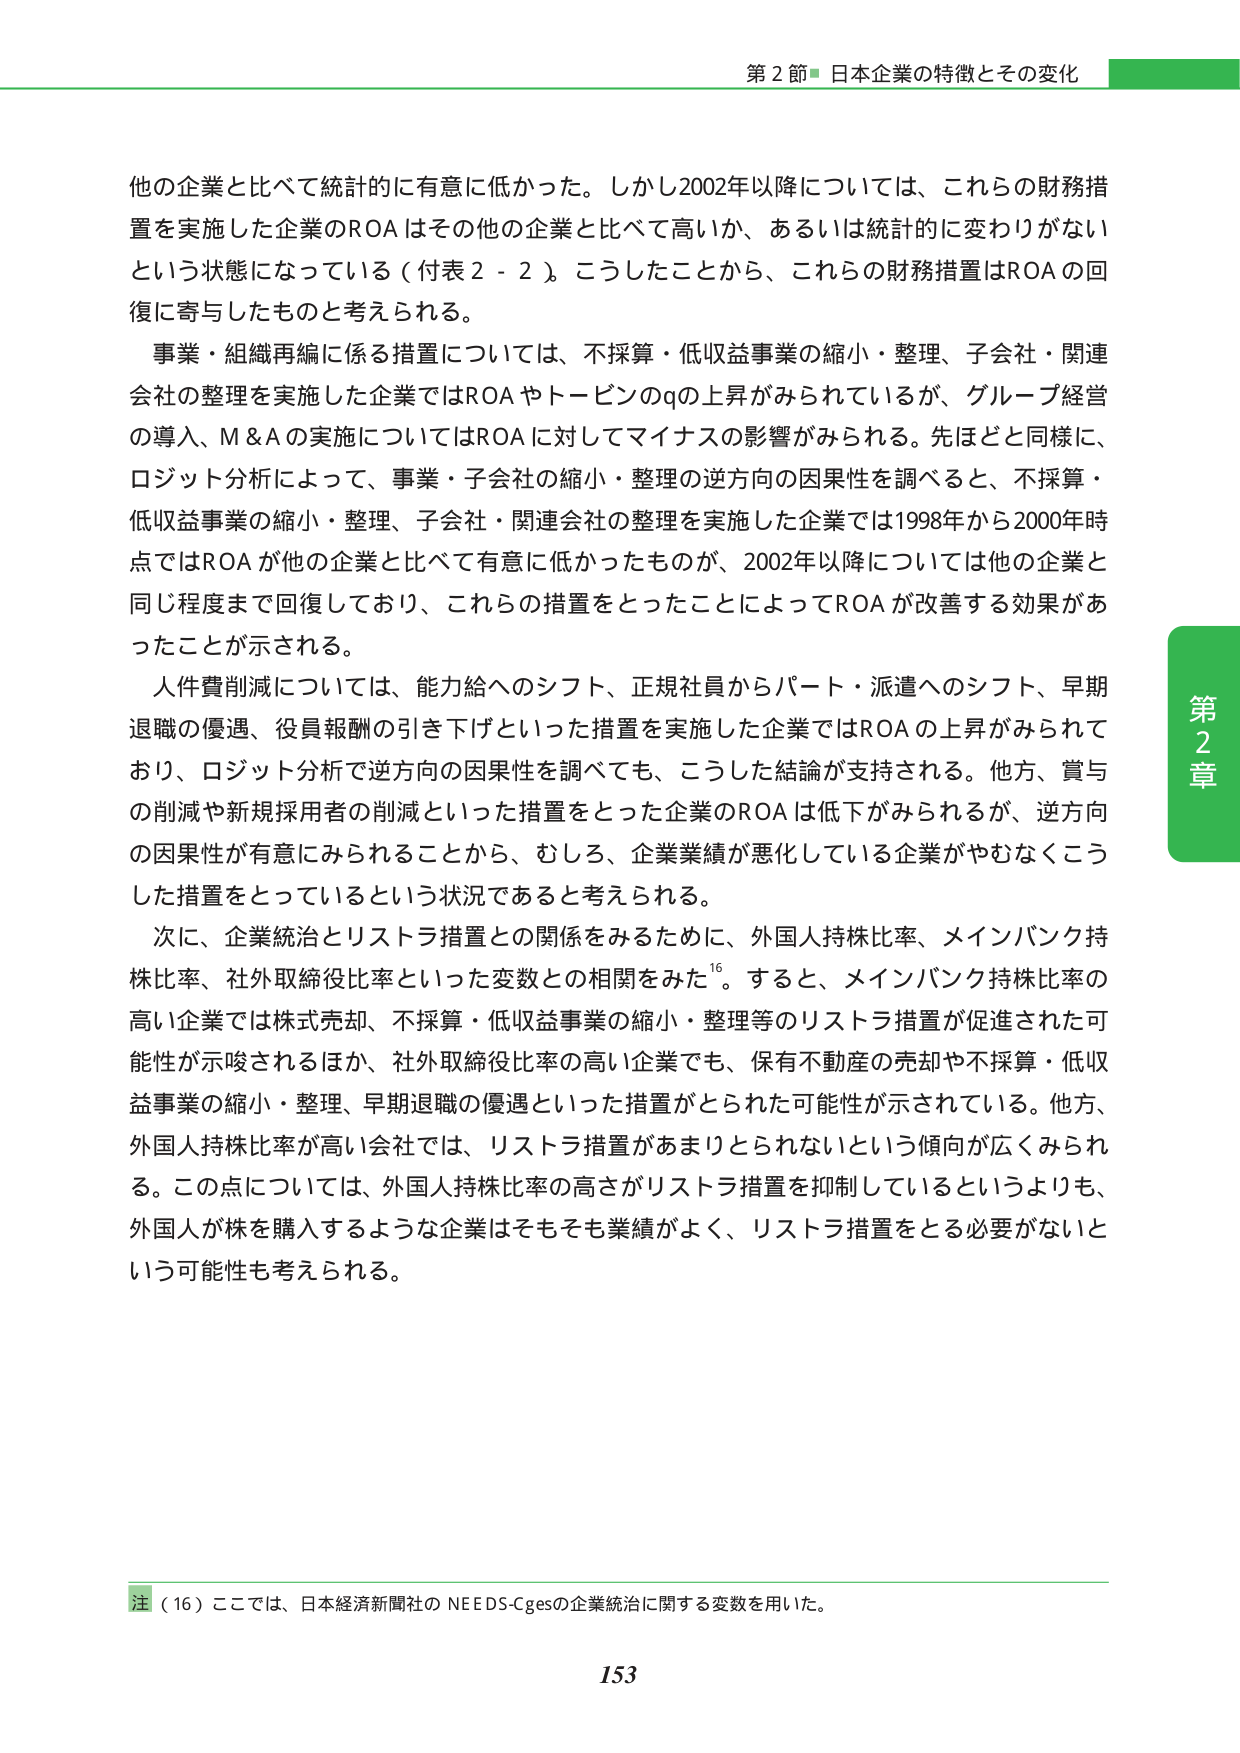
第２節 日本企業の特徴とその変化

他の企業と比べて統計的に有意に低かった。しかし2002年以降については、これらの財務措置を実施した企業のROAはその他の企業と比べて高いか、あるいは統計的に変わりがないという状態になっている（付表２－２）。こうしたことから、これらの財務措置はROAの回復に寄与したものと考えられる。

事業・組織再編に係る措置については、不採算・低収益事業の縮小・整理、子会社・関連会社の整理を実施した企業ではROAやトービンのqの上昇がみられているが、グループ経営の導入、M＆Aの実施についてはROAに対してマイナスの影響がみられる。先ほどと同様に、ロジット分析によって、事業・子会社の縮小・整理の逆方向の因果性を調べると、不採算・低収益事業の縮小・整理、子会社・関連会社の整理を実施した企業では1998年から2000年時点ではROAが他の企業と比べて有意に低かったものが、2002年以降については他の企業と同じ程度まで回復しており、これらの措置をとったことによってROAが改善する効果があったことが示される。

人件費削減については、能力給へのシフト、正規社員からパート・派遣へのシフト、早期退職の優遇、役員報酬の引き下げといった措置を実施した企業ではROAの上昇がみられており、ロジット分析で逆方向の因果性を調べても、こうした結論が支持される。他方、賞与の削減や新規採用者の削減といった措置をとった企業のROAは低下がみられるが、逆方向の因果性が有意にみられることから、むしろ、企業業績が悪化している企業がやむなくこうした措置をとっているという状況であると考えられる。

次に、企業統治とリストラ措置との関係をみるために、外国人持株比率、メインバンク持株比率、社外取締役比率といった変数との相関をみた¹⁶。すると、メインバンク持株比率の高い企業では株式売却、不採算・低収益事業の縮小・整理等のリストラ措置が促進された可能性が示唆されるほか、社外取締役比率の高い企業でも、保有不動産の売却や不採算・低収益事業の縮小・整理、早期退職の優遇といった措置がとられた可能性が示されている。他方、外国人持株比率が高い会社では、リストラ措置があまりとられないという傾向が広くみられる。この点については、外国人持株比率の高さがリストラ措置を抑制しているというよりも、外国人が株を購入するような企業はそもそも業績がよく、リストラ措置をとる必要がないという可能性も考えられる。

注（16）ここでは、日本経済新聞社のNEEDS-Cgesの企業統治に関する変数を用いた。

153

第2章